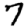
Digit: 7